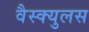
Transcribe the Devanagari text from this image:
वैस्क्युलस